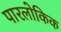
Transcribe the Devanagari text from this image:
पारलोकिक